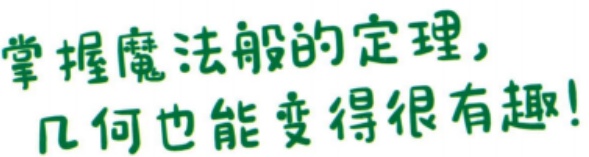
掌握魔法般的定理，
几何也能变得很有趣!